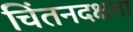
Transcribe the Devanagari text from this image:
चिंतनदक्षता